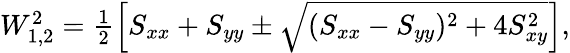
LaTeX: \begin{array}{r}{W_{1,2}^{2}=\frac{1}{2}\left[S_{xx}+S_{yy}\pm\sqrt{(S_{xx}-S_{yy})^{2}+4S_{xy}^{2}}\right],}\end{array}